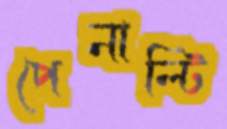
পেনাল্টি